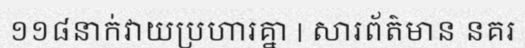
១១៨នាក់វាយប្រហារគ្នា | សារព័ត៌មាន នគរ